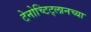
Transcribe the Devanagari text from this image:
टेनोच्टिट्लानच्या